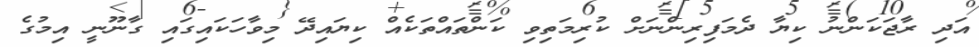
އަދި ރާޖަކަންނު ކިޔާ ދެމަފިރިންނަށް ކުރިމަތިވި ކަންތައްތަކެއް ކިޔައިދޭ މިވާހަކައިގައި ގާނޫނީ އިމުގެ